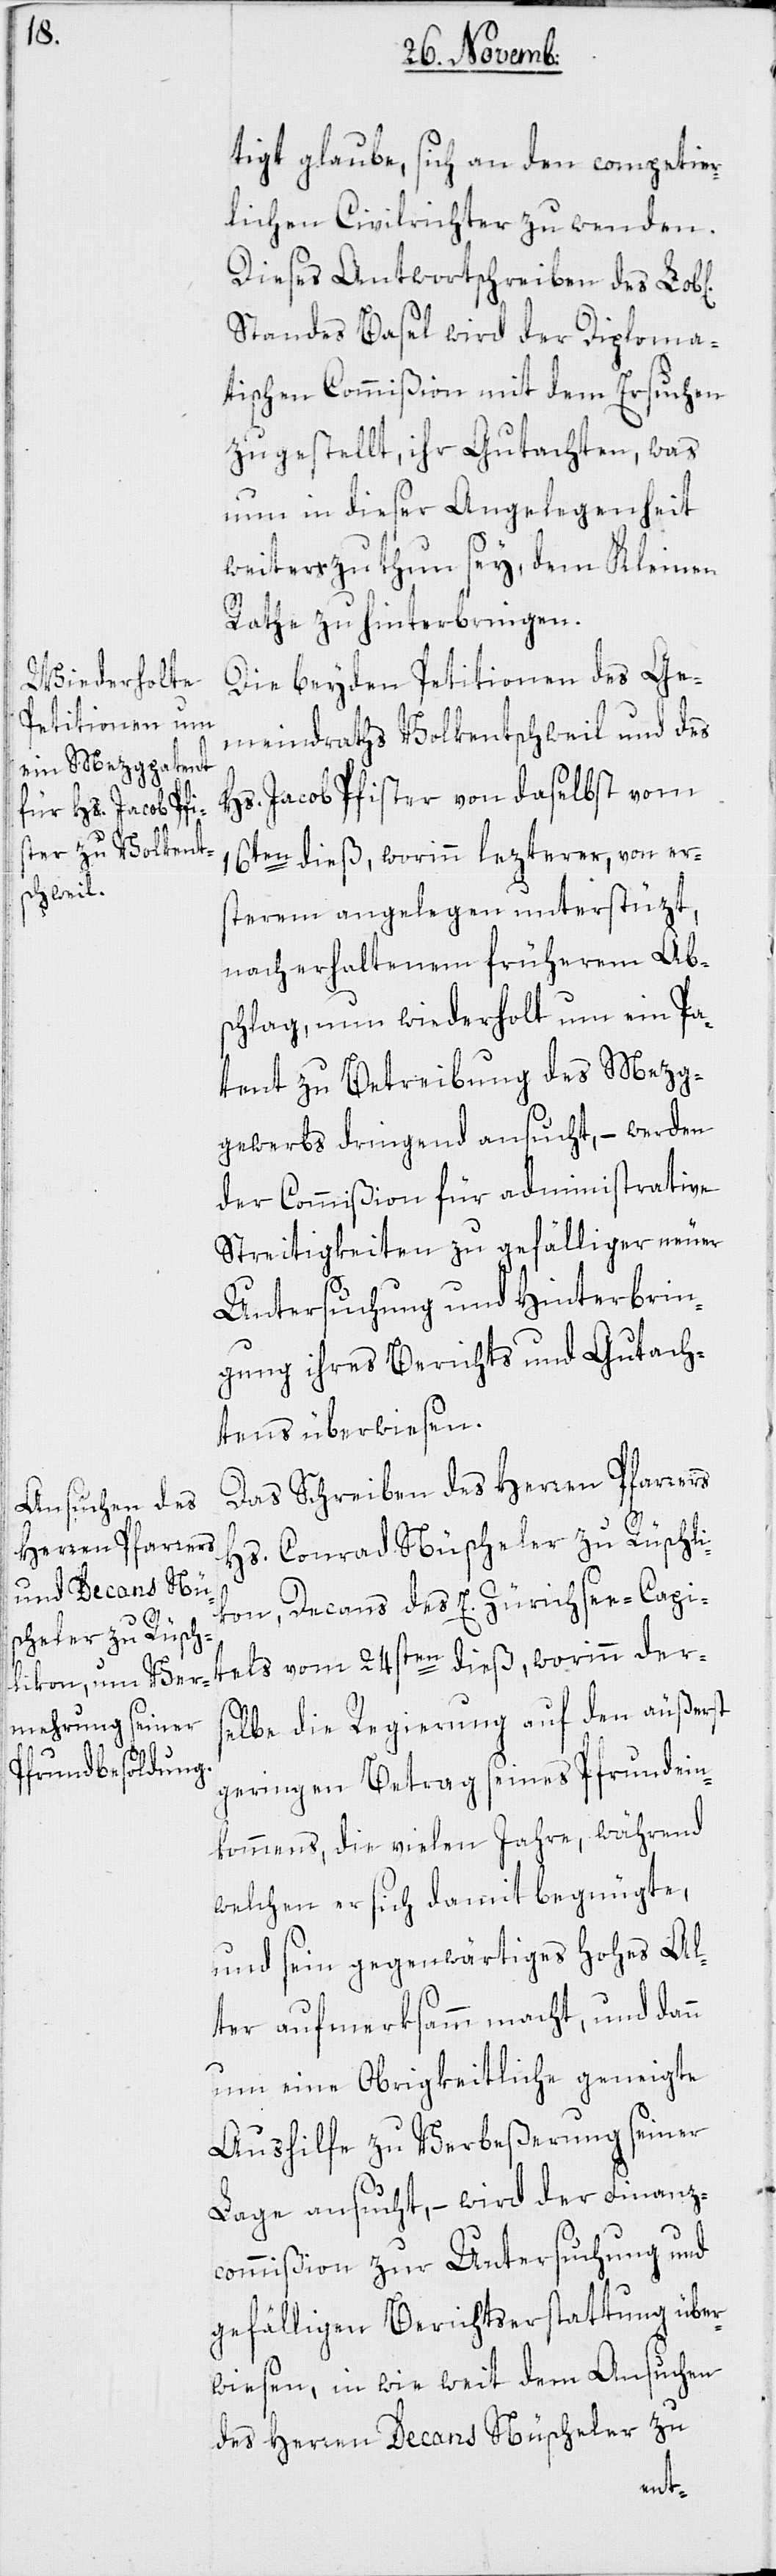
ichen]

tigt glaube, sich an den competier¬
lichen Civilrichter zu wenden.
Dieses Antwortschreiben des Lob[l¬
Standes Basel wird der Diploma¬
tischen Commißion mit dem Ersuchen
zugestellt, ihr Gutachten, was
nun in dieser Angelegenheit
weiter zu thun sey, dem Kleinen
Rathe zu hinterbringen.
Die beyden Petitionen des Ge¬
meindraths Volkentschweil und des
Hs. Jacob Pfister von daselbst, vom
16ten dieß, worinn lezterer von er¬
sterem angelegen unterstüzt,
nach erhaltenem früherem Abs¬
chlag, nun wiederholt, um ein Pa¬
tent zu Betreibung des Mezg¬
gewerbs dringend ansucht, – werden
der Commißion für administrative
Streitigkeiten zu gefälliger neuer
Untersuchung und Hinterbrin¬
gung ihres Berichts und Gutach¬
tens überwiesen.
Das Schreiben des Herren Pfarrers
Hs. Conrad Nüscheler zu Rüschli¬
kon, Decans des E. Zurüchsee-Capi¬
tels vom 24sten dieß, worinn der¬
selbe die Regierung auf den äußerst
geringen Betrag seines Pfrundein¬
kommens, die vielen Jahre, während
welchen er sich damit begnügte,
und sein gegenwärtiges hohes Al¬
ter aufmerksamm macht, und dann
um eine Obrigkeitliche geneigte
Aushilfe zu Verbeßerung seiner
Lage ansucht, – wird der Finanz¬
commißion zur Untersuchung und
gefälliger Berichtserstattung über¬
wiesen, in wie weit dem Ansuchen
des Herren Decans Nüscheler zu